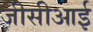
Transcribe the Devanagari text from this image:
जीसीआई